Scientific memoirs by medical officers of the Army of India - Part III,
Year: 1887
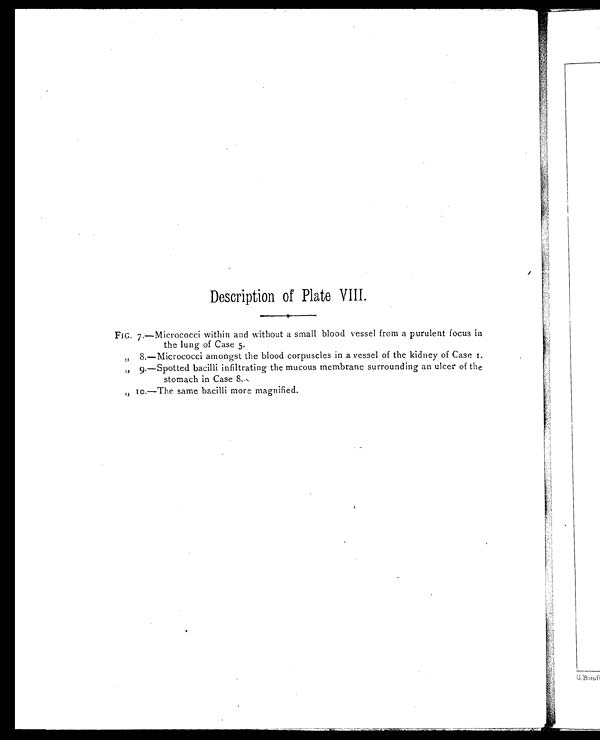
I
Description of Plate VIII.
FIG 7.—Micrococci within and without a small blood vessel from a purulent focus in
the lung of Case 5.
„ 8.—Micrococci amongst the blood corpuscles in a vessel of the kidney of Case 1.
„ 9.—Spotted bacilli infiltrating the mucous membrane surrounding an ulcer of the
stomach in Case 8.
„
10.—The same bacilli more magnified.